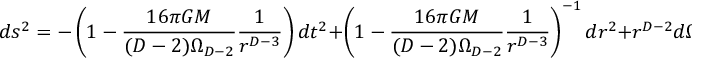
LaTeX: d s ^ { 2 } = - \left( 1 - \frac { 1 6 \pi { \cal G } M } { ( D - 2 ) \Omega _ { D - 2 } } \frac { 1 } { r ^ { D - 3 } } \right) d t ^ { 2 } + \left( 1 - \frac { 1 6 \pi { \cal G } M } { ( D - 2 ) \Omega _ { D - 2 } } \frac { 1 } { r ^ { D - 3 } } \right) ^ { - 1 } d r ^ { 2 } + r ^ { D - 2 } d \Omega _ { D - 2 } ^ { 2 } .